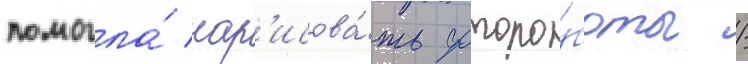
помогла́ нар'исова́ть фоторо́боты /